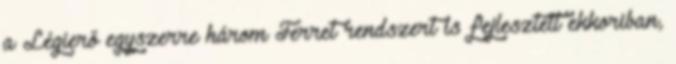
a Légierő egyszerre három Ferret rendszert is fejlesztett ekkoriban,